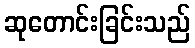
ဆုတောင်းခြင်းသည်